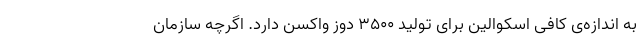
به اندازه‌ی کافی اسکوالین برای تولید ۳۵۰۰ دوز واکسن دارد. اگرچه سازمان